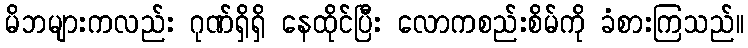
မိဘများကလည်း ဂုဏ်ရှိရှိ နေထိုင်ပြီး လောကစည်းစိမ်ကို ခံစားကြသည်။